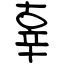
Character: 辜